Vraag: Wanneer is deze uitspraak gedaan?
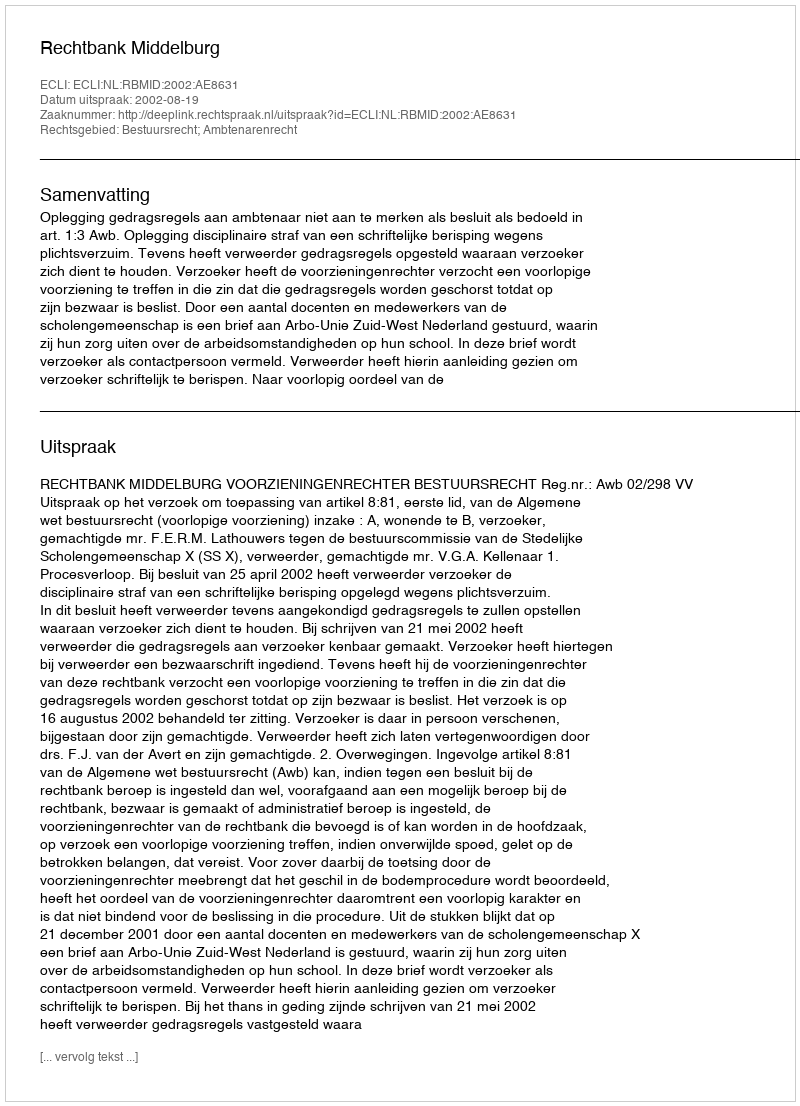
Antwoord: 2002-08-19